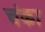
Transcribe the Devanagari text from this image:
चंका